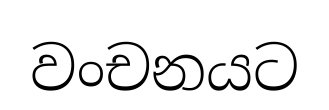
වංචනයට